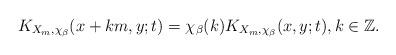
LaTeX: \begin{align*}K_{X_{m},\chi_{\beta}}(x+km,y;t)=\chi_\beta(k)K_{X_{m},\chi_{\beta}}(x,y;t), k\in\mathbb{Z}.\end{align*}